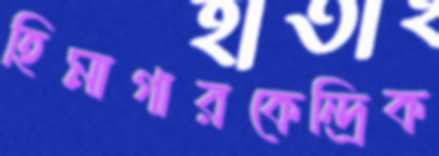
হিমাগারকেন্দ্রিক